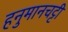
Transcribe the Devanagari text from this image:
हनुमानचट्टी